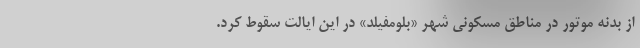
از بدنه موتور در مناطق مسکونی شهر «بلومفیلد» در این ایالت سقوط کرد.